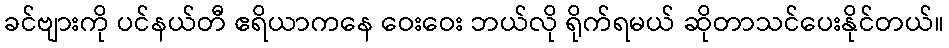
ခင်ဗျားကို ပင်နယ်တီ ဧရိယာကနေ ဝေးဝေး ဘယ်လို ရိုက်ရမယ် ဆိုတာသင်ပေးနိုင်တယ်။